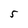
Character: 5